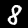
Label: 8